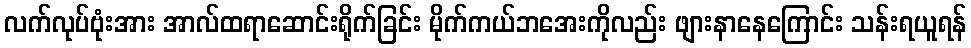
လက်လုပ်ဗုံးအား အာလ်ထရာဆောင်းရိုက်ခြင်း မိုက်ကယ်ဘအေးကိုလည်း ဖျားနာနေကြောင်း သန်းရယူရန်